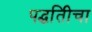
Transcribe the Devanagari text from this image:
पद्धतिीचा